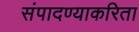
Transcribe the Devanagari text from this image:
संपादण्याकरिता